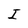
Character: I